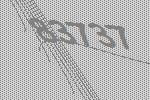
83737